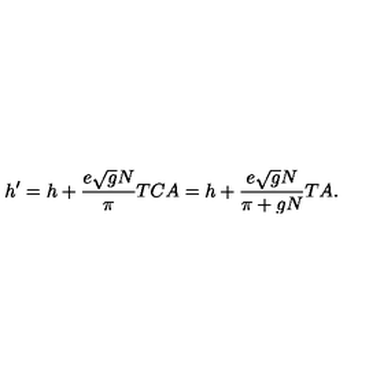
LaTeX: h ^ { \prime } = h + \frac { e \sqrt { g } N } { \pi } T C A = h + \frac { e \sqrt { g } N } { \pi + g N } T A .